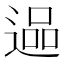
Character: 𮞬